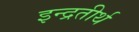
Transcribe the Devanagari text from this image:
इन्द्रतीर्थ